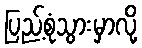
ပြည့်စုံသွားမှာလို့